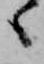
ゝ